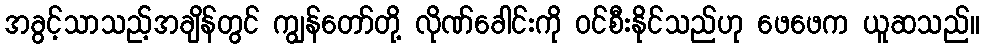
အခွင့်သာသည့်အချိန်တွင် ကျွန်တော်တို့ လိုဏ်ခေါင်းကို ဝင်စီးနိုင်သည်ဟု ဖေဖေက ယူဆသည်။